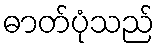
ဓာတ်ပုံသည်